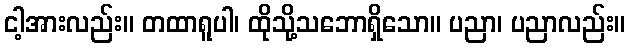
ငါ့အားလည်း။ တထာရူပါ၊ ထိုသို့သဘောရှိသော။ ပညာ၊ ပညာလည်း။